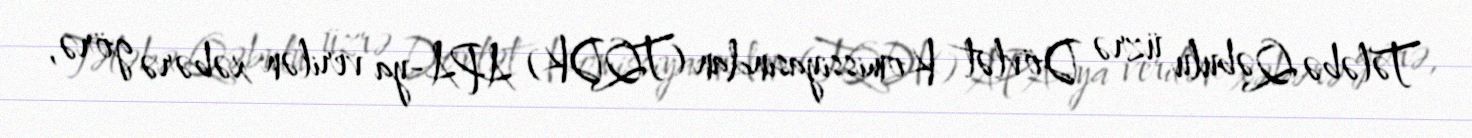
Tələbə Qəbulu üzrə Dövlət Komissiyasından (TQDK) APA-ya verilən xəbərə görə,